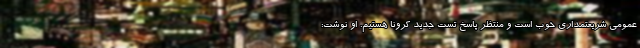
عمومی شریعتمداری خوب است و منتظر پاسخ تست جدید کرونا هستیم. او نوشت: